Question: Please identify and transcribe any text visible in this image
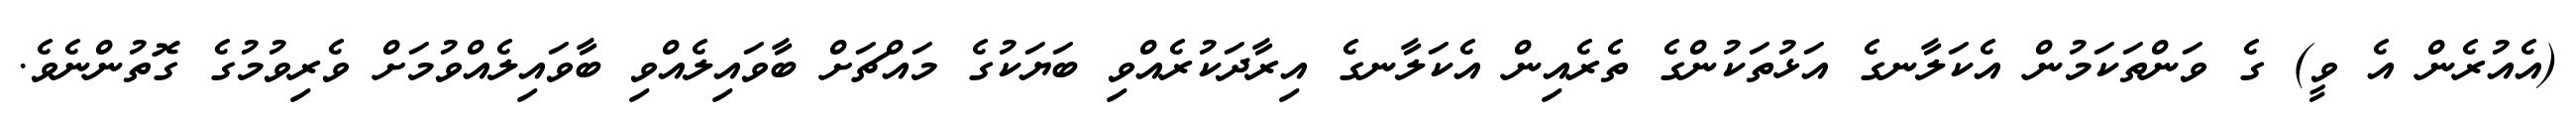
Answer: (އެއުރެން އެ ވީ) ގެ ވަންތަކަމުން އެކަލާނގެ އަޅުތަކުންގެ ތެރެއިން އެކަލާނގެ އިރާދަކުރެއްވި ބަޔަކުގެ މައްޗަށް ބާވައިލެއްވި ބާވައިލެއްވުމަށް ވެރިވުމުގެ ގޮތުންނެވެ.